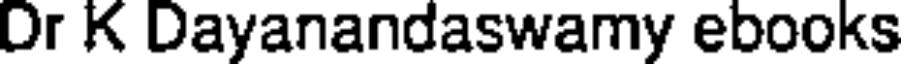
Dr K Dayanandaswamy ebooks